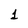
Character: 1